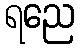
ရညေ